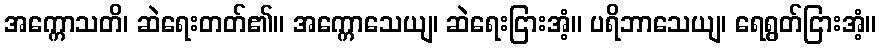
အက္ကောသတိ၊ ဆဲရေးတတ်၏။ အက္ကောသေယျ၊ ဆဲရေးငြားအံ့။ ပရိဘာသေယျ၊ ရေရွတ်ငြားအံ့။